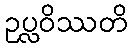
ဥပ္လဝိဿတိ